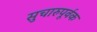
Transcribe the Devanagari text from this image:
सुचारुपूर्वक